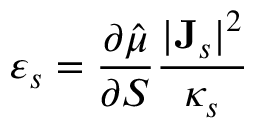
\varepsilon _ { s } = \frac { \partial \hat { \mu } } { \partial S } \frac { | { \bf J } _ { s } | ^ { 2 } } { \kappa _ { s } }